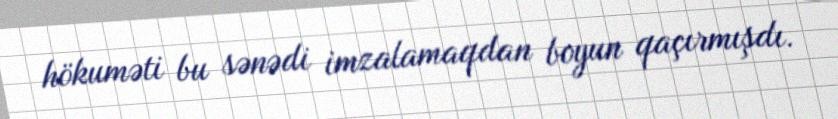
hökuməti bu sənədi imzalamaqdan boyun qaçırmışdı.